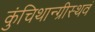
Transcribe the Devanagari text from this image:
कुंचिथान्ग्रीस्थवं